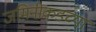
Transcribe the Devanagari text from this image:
जमिनीकडच्या